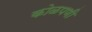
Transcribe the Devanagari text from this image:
कोळपणी